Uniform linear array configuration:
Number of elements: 48
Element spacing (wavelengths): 0.25
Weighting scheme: kaiser
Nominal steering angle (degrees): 45
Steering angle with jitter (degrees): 43.365
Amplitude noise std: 0.05
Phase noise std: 0.05

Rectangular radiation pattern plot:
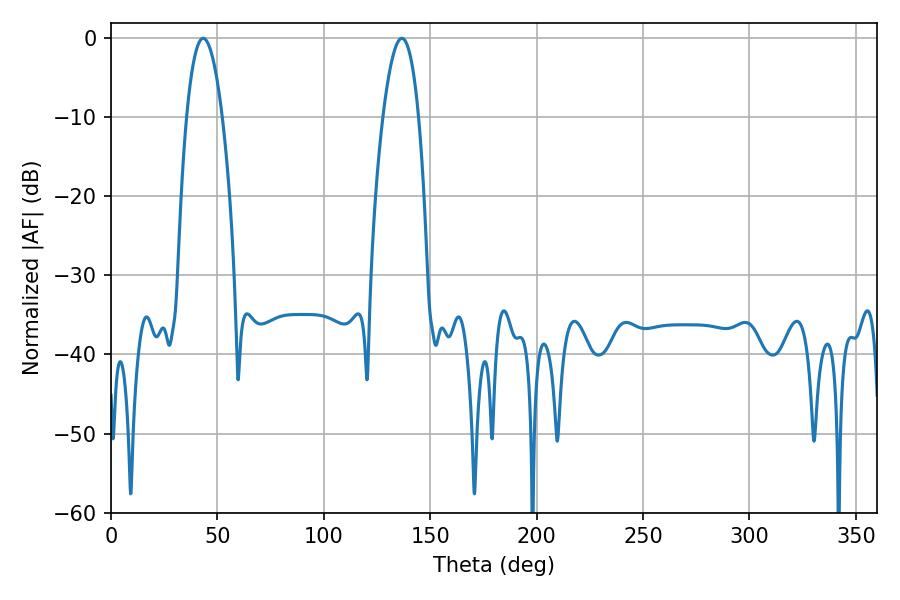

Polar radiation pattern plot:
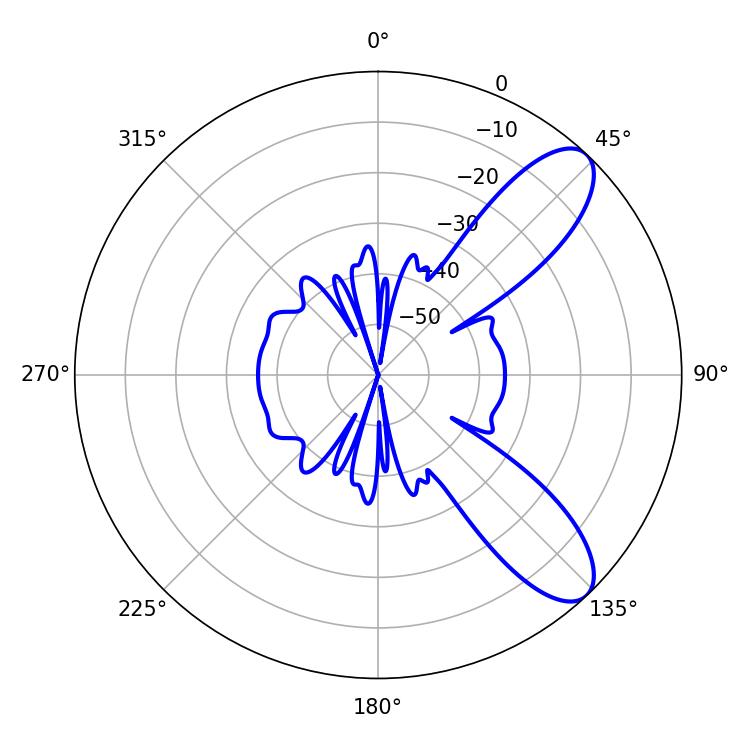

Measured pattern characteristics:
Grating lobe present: FALSE
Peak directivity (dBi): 9.236
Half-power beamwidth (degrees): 9.18
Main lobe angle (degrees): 43.38